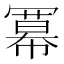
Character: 冪